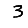
Digit: 3